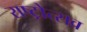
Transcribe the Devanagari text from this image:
राष्ट्रोत्सव